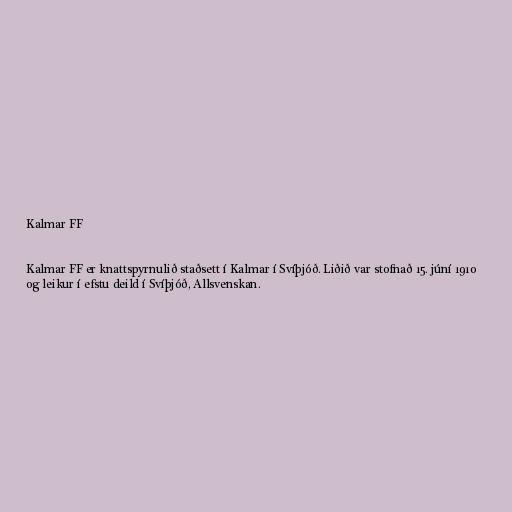
Kalmar FF

Kalmar FF er knattspyrnulið staðsett í Kalmar í Svíþjóð. Liðið var stofnað 15. júní 1910
og leikur í efstu deild í Svíþjóð, Allsvenskan.